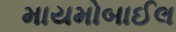
માયમોબાઈલ